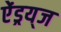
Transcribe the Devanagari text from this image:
ऐंड्रय्‌ज